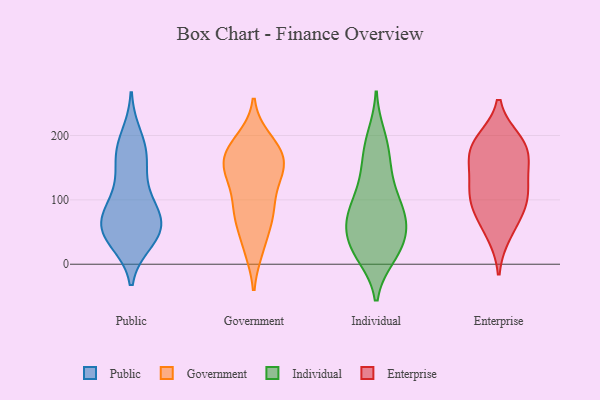
{"axis": {"x": "LTV (USD)", "y": "Value"}, "legend": ["Enterprise", "Government", "Individual", "Public"], "data": [{"x": "", "y": 66, "type": "Public"}, {"x": "", "y": 55, "type": "Public"}, {"x": "", "y": 160, "type": "Public"}, {"x": "", "y": 69, "type": "Public"}, {"x": "", "y": 87, "type": "Public"}, {"x": "", "y": 118, "type": "Public"}, {"x": "", "y": 94, "type": "Public"}, {"x": "", "y": 170, "type": "Public"}, {"x": "", "y": 198, "type": "Public"}, {"x": "", "y": 173, "type": "Public"}, {"x": "", "y": 37, "type": "Public"}, {"x": "", "y": 46, "type": "Public"}, {"x": "", "y": 53, "type": "Public"}, {"x": "", "y": 46, "type": "Public"}, {"x": "", "y": 135, "type": "Government"}, {"x": "", "y": 131, "type": "Government"}, {"x": "", "y": 66, "type": "Government"}, {"x": "", "y": 141, "type": "Government"}, {"x": "", "y": 24, "type": "Government"}, {"x": "", "y": 146, "type": "Government"}, {"x": "", "y": 93, "type": "Government"}, {"x": "", "y": 80, "type": "Government"}, {"x": "", "y": 183, "type": "Government"}, {"x": "", "y": 175, "type": "Government"}, {"x": "", "y": 24, "type": "Government"}, {"x": "", "y": 151, "type": "Government"}, {"x": "", "y": 73, "type": "Government"}, {"x": "", "y": 193, "type": "Government"}, {"x": "", "y": 168, "type": "Government"}, {"x": "", "y": 161, "type": "Government"}, {"x": "", "y": 181, "type": "Government"}, {"x": "", "y": 84, "type": "Government"}, {"x": "", "y": 20, "type": "Individual"}, {"x": "", "y": 73, "type": "Individual"}, {"x": "", "y": 49, "type": "Individual"}, {"x": "", "y": 141, "type": "Individual"}, {"x": "", "y": 68, "type": "Individual"}, {"x": "", "y": 21, "type": "Individual"}, {"x": "", "y": 67, "type": "Individual"}, {"x": "", "y": 171, "type": "Individual"}, {"x": "", "y": 13, "type": "Individual"}, {"x": "", "y": 97, "type": "Individual"}, {"x": "", "y": 96, "type": "Individual"}, {"x": "", "y": 68, "type": "Individual"}, {"x": "", "y": 141, "type": "Individual"}, {"x": "", "y": 199, "type": "Individual"}, {"x": "", "y": 31, "type": "Individual"}, {"x": "", "y": 56, "type": "Individual"}, {"x": "", "y": 14, "type": "Individual"}, {"x": "", "y": 105, "type": "Individual"}, {"x": "", "y": 187, "type": "Individual"}, {"x": "", "y": 191, "type": "Enterprise"}, {"x": "", "y": 48, "type": "Enterprise"}, {"x": "", "y": 72, "type": "Enterprise"}, {"x": "", "y": 188, "type": "Enterprise"}, {"x": "", "y": 102, "type": "Enterprise"}, {"x": "", "y": 176, "type": "Enterprise"}, {"x": "", "y": 111, "type": "Enterprise"}, {"x": "", "y": 126, "type": "Enterprise"}, {"x": "", "y": 172, "type": "Enterprise"}, {"x": "", "y": 95, "type": "Enterprise"}, {"x": "", "y": 152, "type": "Enterprise"}]}